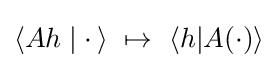
\langle Ah\mid \cdot \,\rangle ~\mapsto ~\langle h|A(\cdot )\rangle